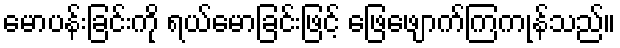
မောပန်းခြင်းကို ရယ်မောခြင်းဖြင့် ဖြေဖျောက်ကြကုန်သည်။